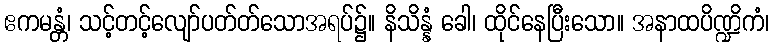
ဧကမန္တံ၊ သင့်တင့်လျော်ပတ်တ်သောအရပ်၌။ နိသိန္နံ ခေါ၊ ထိုင်နေပြီးသော။ အနာထပိဏ္ဍိကံ၊